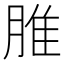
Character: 脽